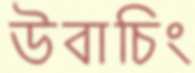
উবাচিং